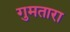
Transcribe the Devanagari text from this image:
गुमतारा